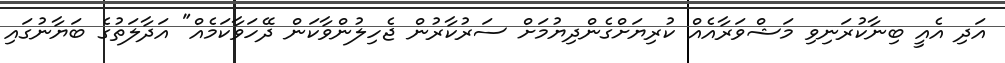
އަދި އެއީ ބިނާކުރަނިވި މަޝްވަރާއެއް ކުރިޔަށްގެންދިޔުމަށް ސަރުކާރުން ޖެހިލުންވާކަން ދޭހަވާކަމެއް" އަދާލަތުގެ ބަޔާނުގައި